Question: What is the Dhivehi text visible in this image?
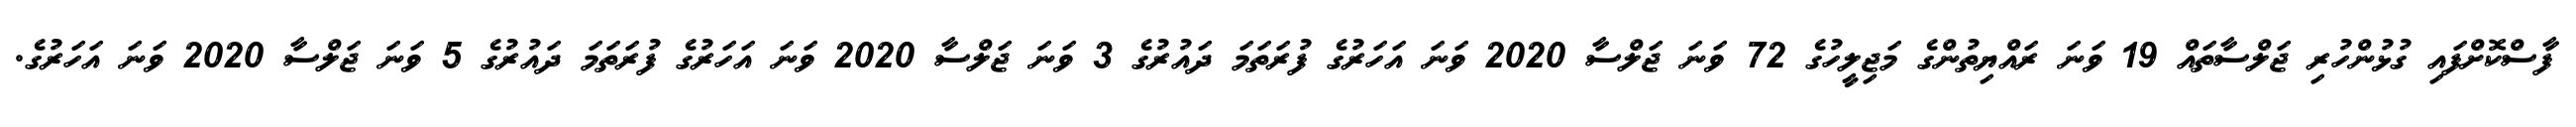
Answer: ފާސްކޮށްފައި ގުޅުންހުރި ޖަލްސާތައް 19 ވަނަ ރައްޔިތުންގެ މަޖިލީހުގެ 72 ވަނަ ޖަލްސާ 2020 ވަނަ އަހަރުގެ ފުރަތަމަ ދައުރުގެ 3 ވަނަ ޖަލްސާ 2020 ވަނަ އަހަރުގެ ފުރަތަމަ ދައުރުގެ 5 ވަނަ ޖަލްސާ 2020 ވަނަ އަހަރުގެ.